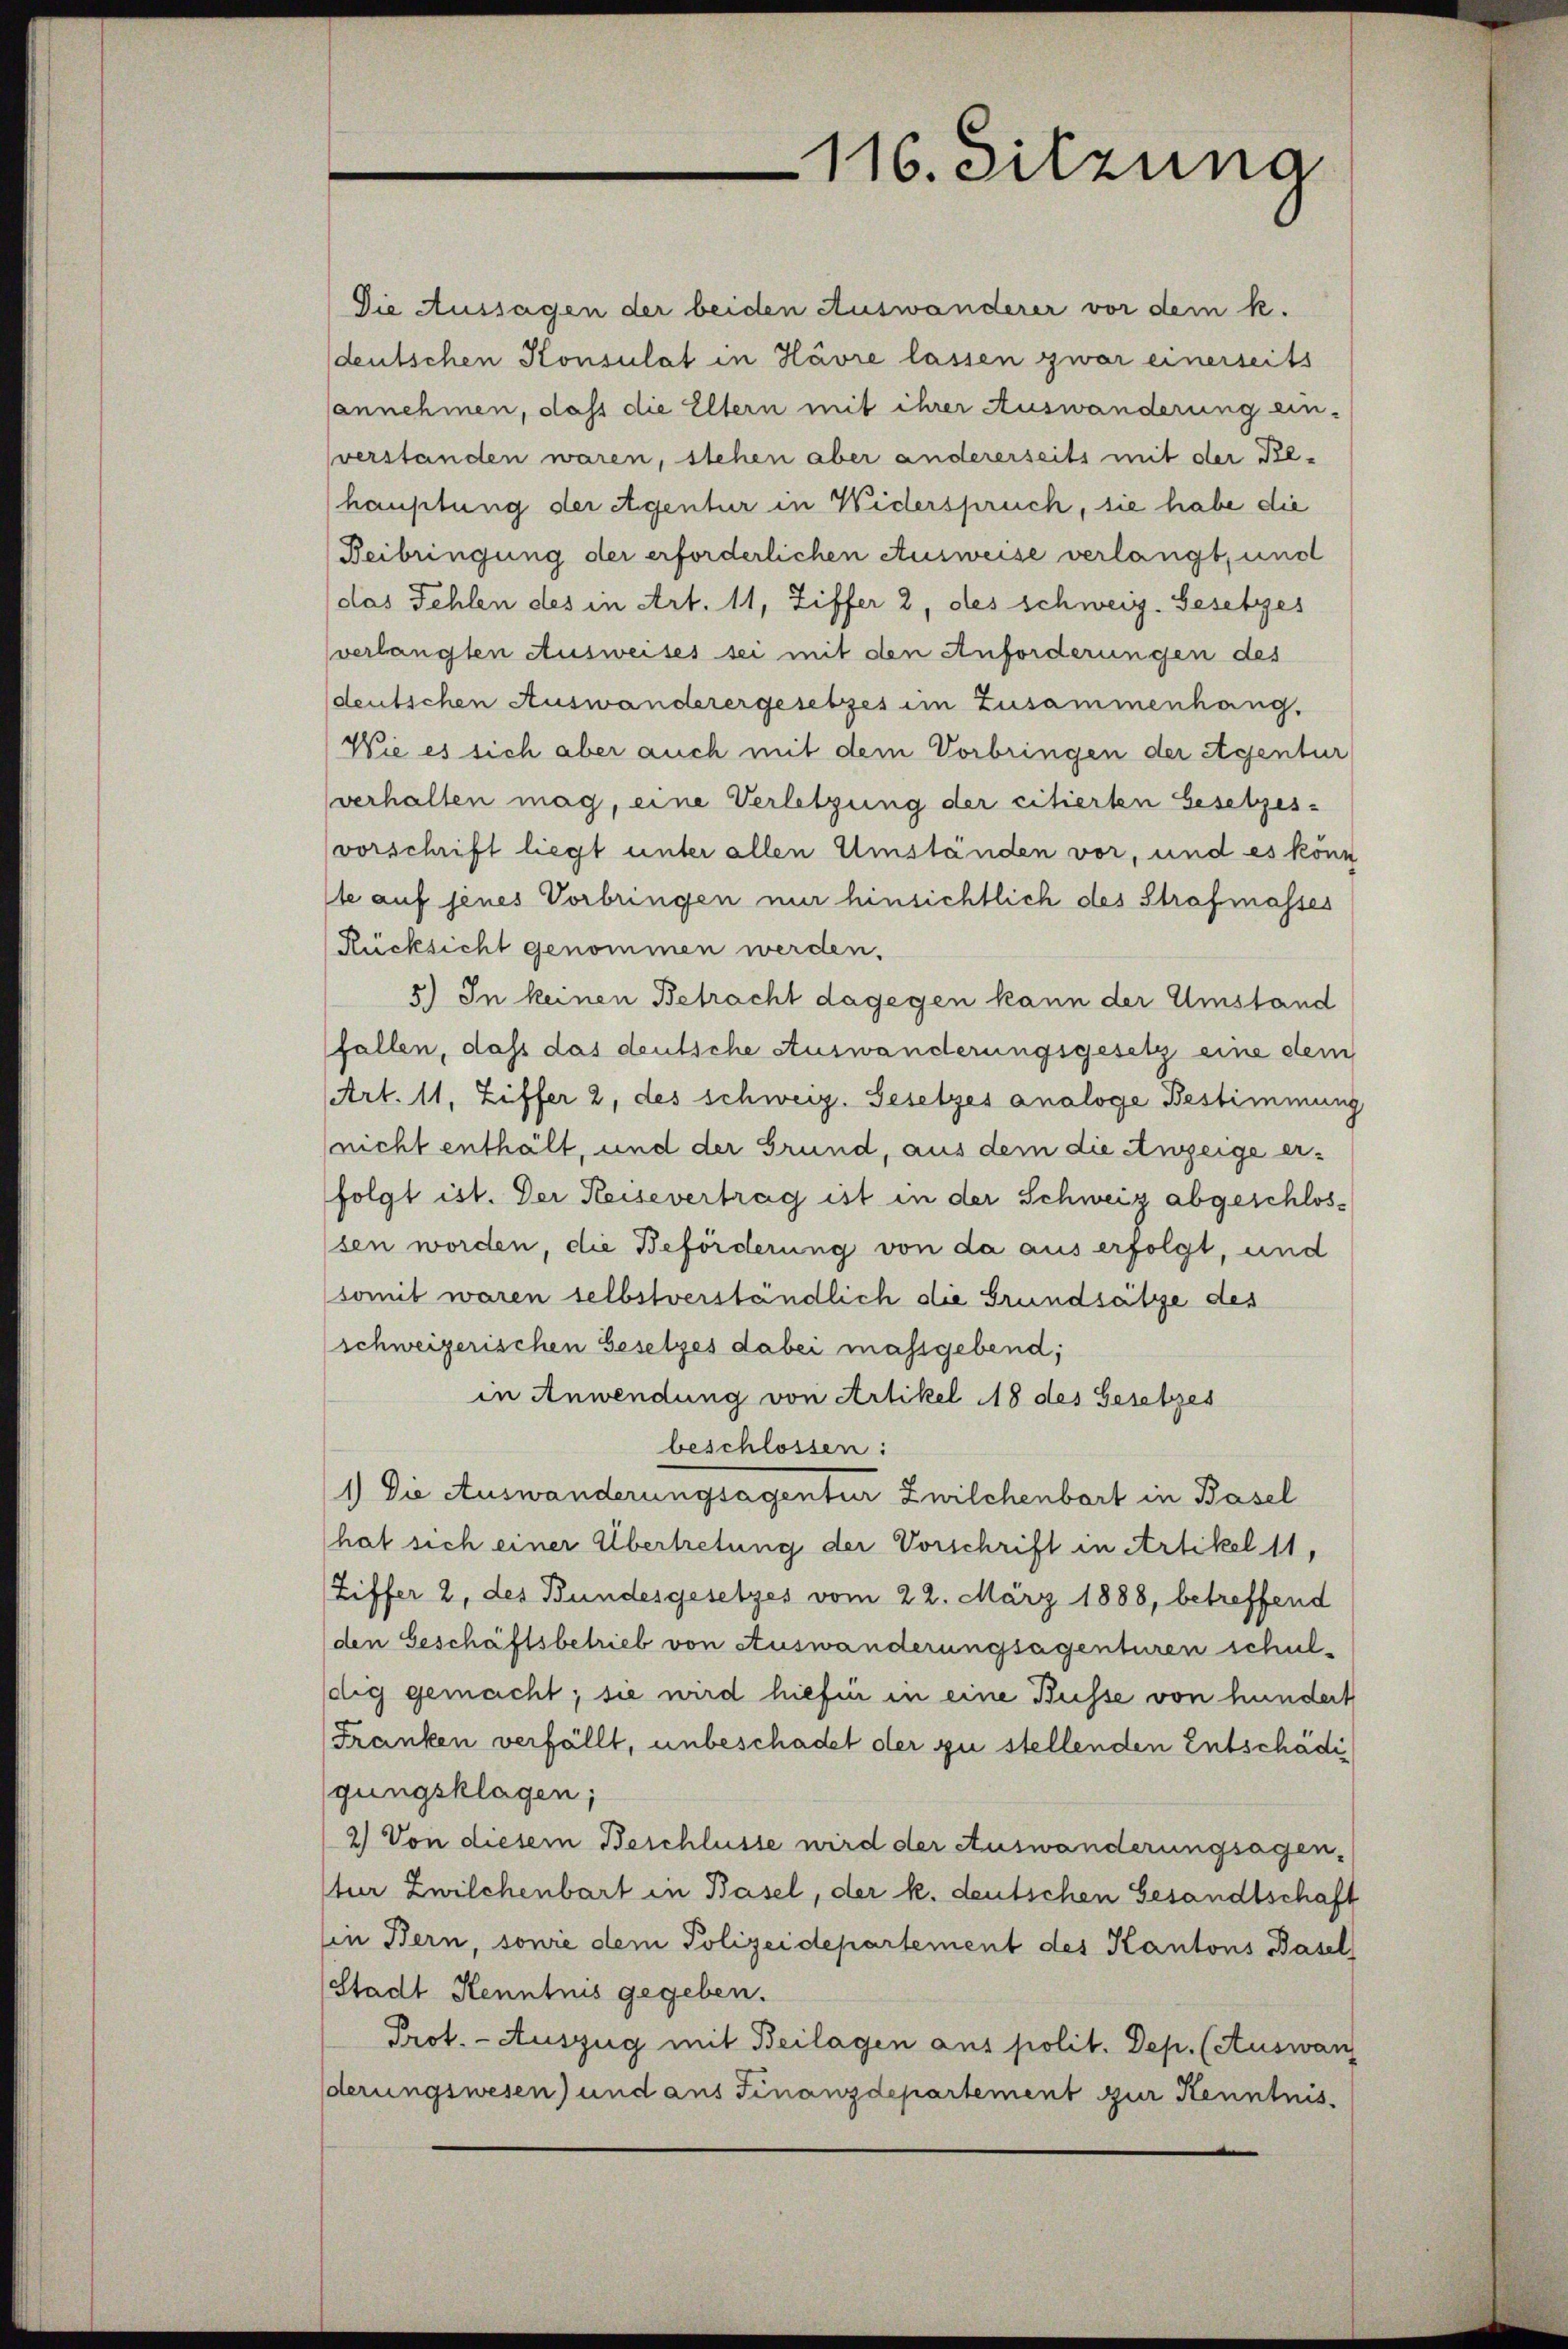
Die Aussagen der beiden Auswanderer vor dem k.
deutschen Konsulat in Havre lassen zwar einerseits
sannehmen, dass die Eltern mit ihrer Auswanderung ein-
sverstanden waren, stehen aber andererseits mit der Rehauptung der eigentur in Widerspruch, sie habe die
Beibringung der erforderlichen Ausweise verlangt, und
das Fehlen des in Art. 11, Ziffer 2, des schweiz. Gesetzes
verlangten Ausweises sei mit den Anforderungen des
deutschen Auswanderergesetzes im Zusammenhang.
Wie es sich aber auch mit dem Vorbringen der Agentur
verhalten mag, eine Verletzung der citierten besetzes-
vorschrift liegt unter allen Umständen vor, und es könn
se auf jenes Vorbringen mir hinsichtlich des Strafmasses
Rücksicht genommen werden.
5.) In keinen Betracht dagegen kann der Umstand
fallen, dass das deutsche Auswanderungsgesetz eine dem
Art. 11, Ziffer 2, des schweiz. Gesetzes analoge Bestimmung
(nicht enthält, und der Grund, aus dem die Anzeige erfolgt ist. Der Reisevertrag ist in der Schweiz abgeschlossen worden, die Beförderung von da aus erfolgt, und
somit waren selbstverständlich die Grundsätze des
schweizerischen Gesetzes dabei massgebend;
in Anwendung von Artikel 118 des Gesetzes
beschlossen:
1) Die Auswanderungsagentur Zwilchenbart in Basel
hat sich einer Übertretung der Vorschrift in Artikel 11,
Liffer 2, des Bundesgesetzes vom 22. März 1888, betreffend
den Geschäftsbetrieb von Auswanderungsagenturen schul-
dig gemacht; sie wird hiefin in eine Busse von hundert
Franken verfällt, unbeschadet der zu stellenden Entschädi
gungsklagen;
2) Von diesem Beschlüsse wird der Auswanderungsagen-
tür Zwilchenbart in Basel, der k. deutschen Gesandtschaft
in Bern, sonre dem Polizeidepartement des Kantons Basel
Stadt Kenntnis gegeben.
Prot. - Auszug mit Beilagen aus polit. Dep. (Auswan
derungswesen) und aus Finanzdepartement zur Kenntnis

116. Sitzuna